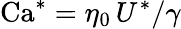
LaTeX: \mathrm{Ca}^{*}=\eta_{0}\, U^{*}/\gamma